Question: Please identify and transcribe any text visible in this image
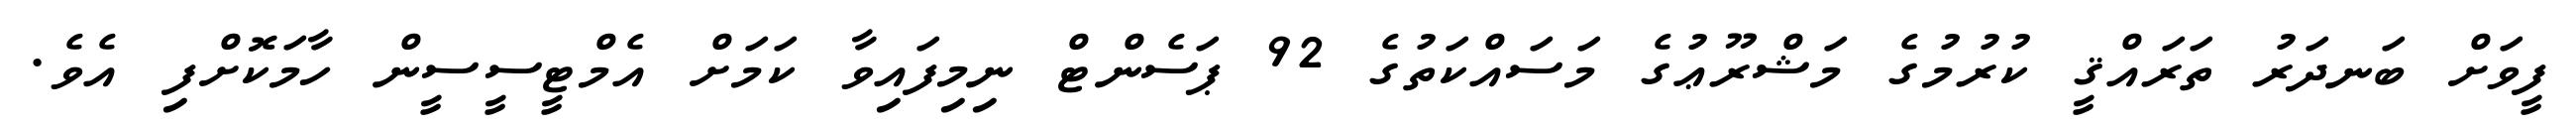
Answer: ފީވަށް ބަނދަރު ތަރައްޤީ ކުރުމުގެ މަޝްރޫޢުގެ މަސައްކަތުގެ 92 ޕަސެންޓް ނިމިފައިވާ ކަމަށް އެމްޓީސީސީން ހާމަކޮށްފި އެވެ.